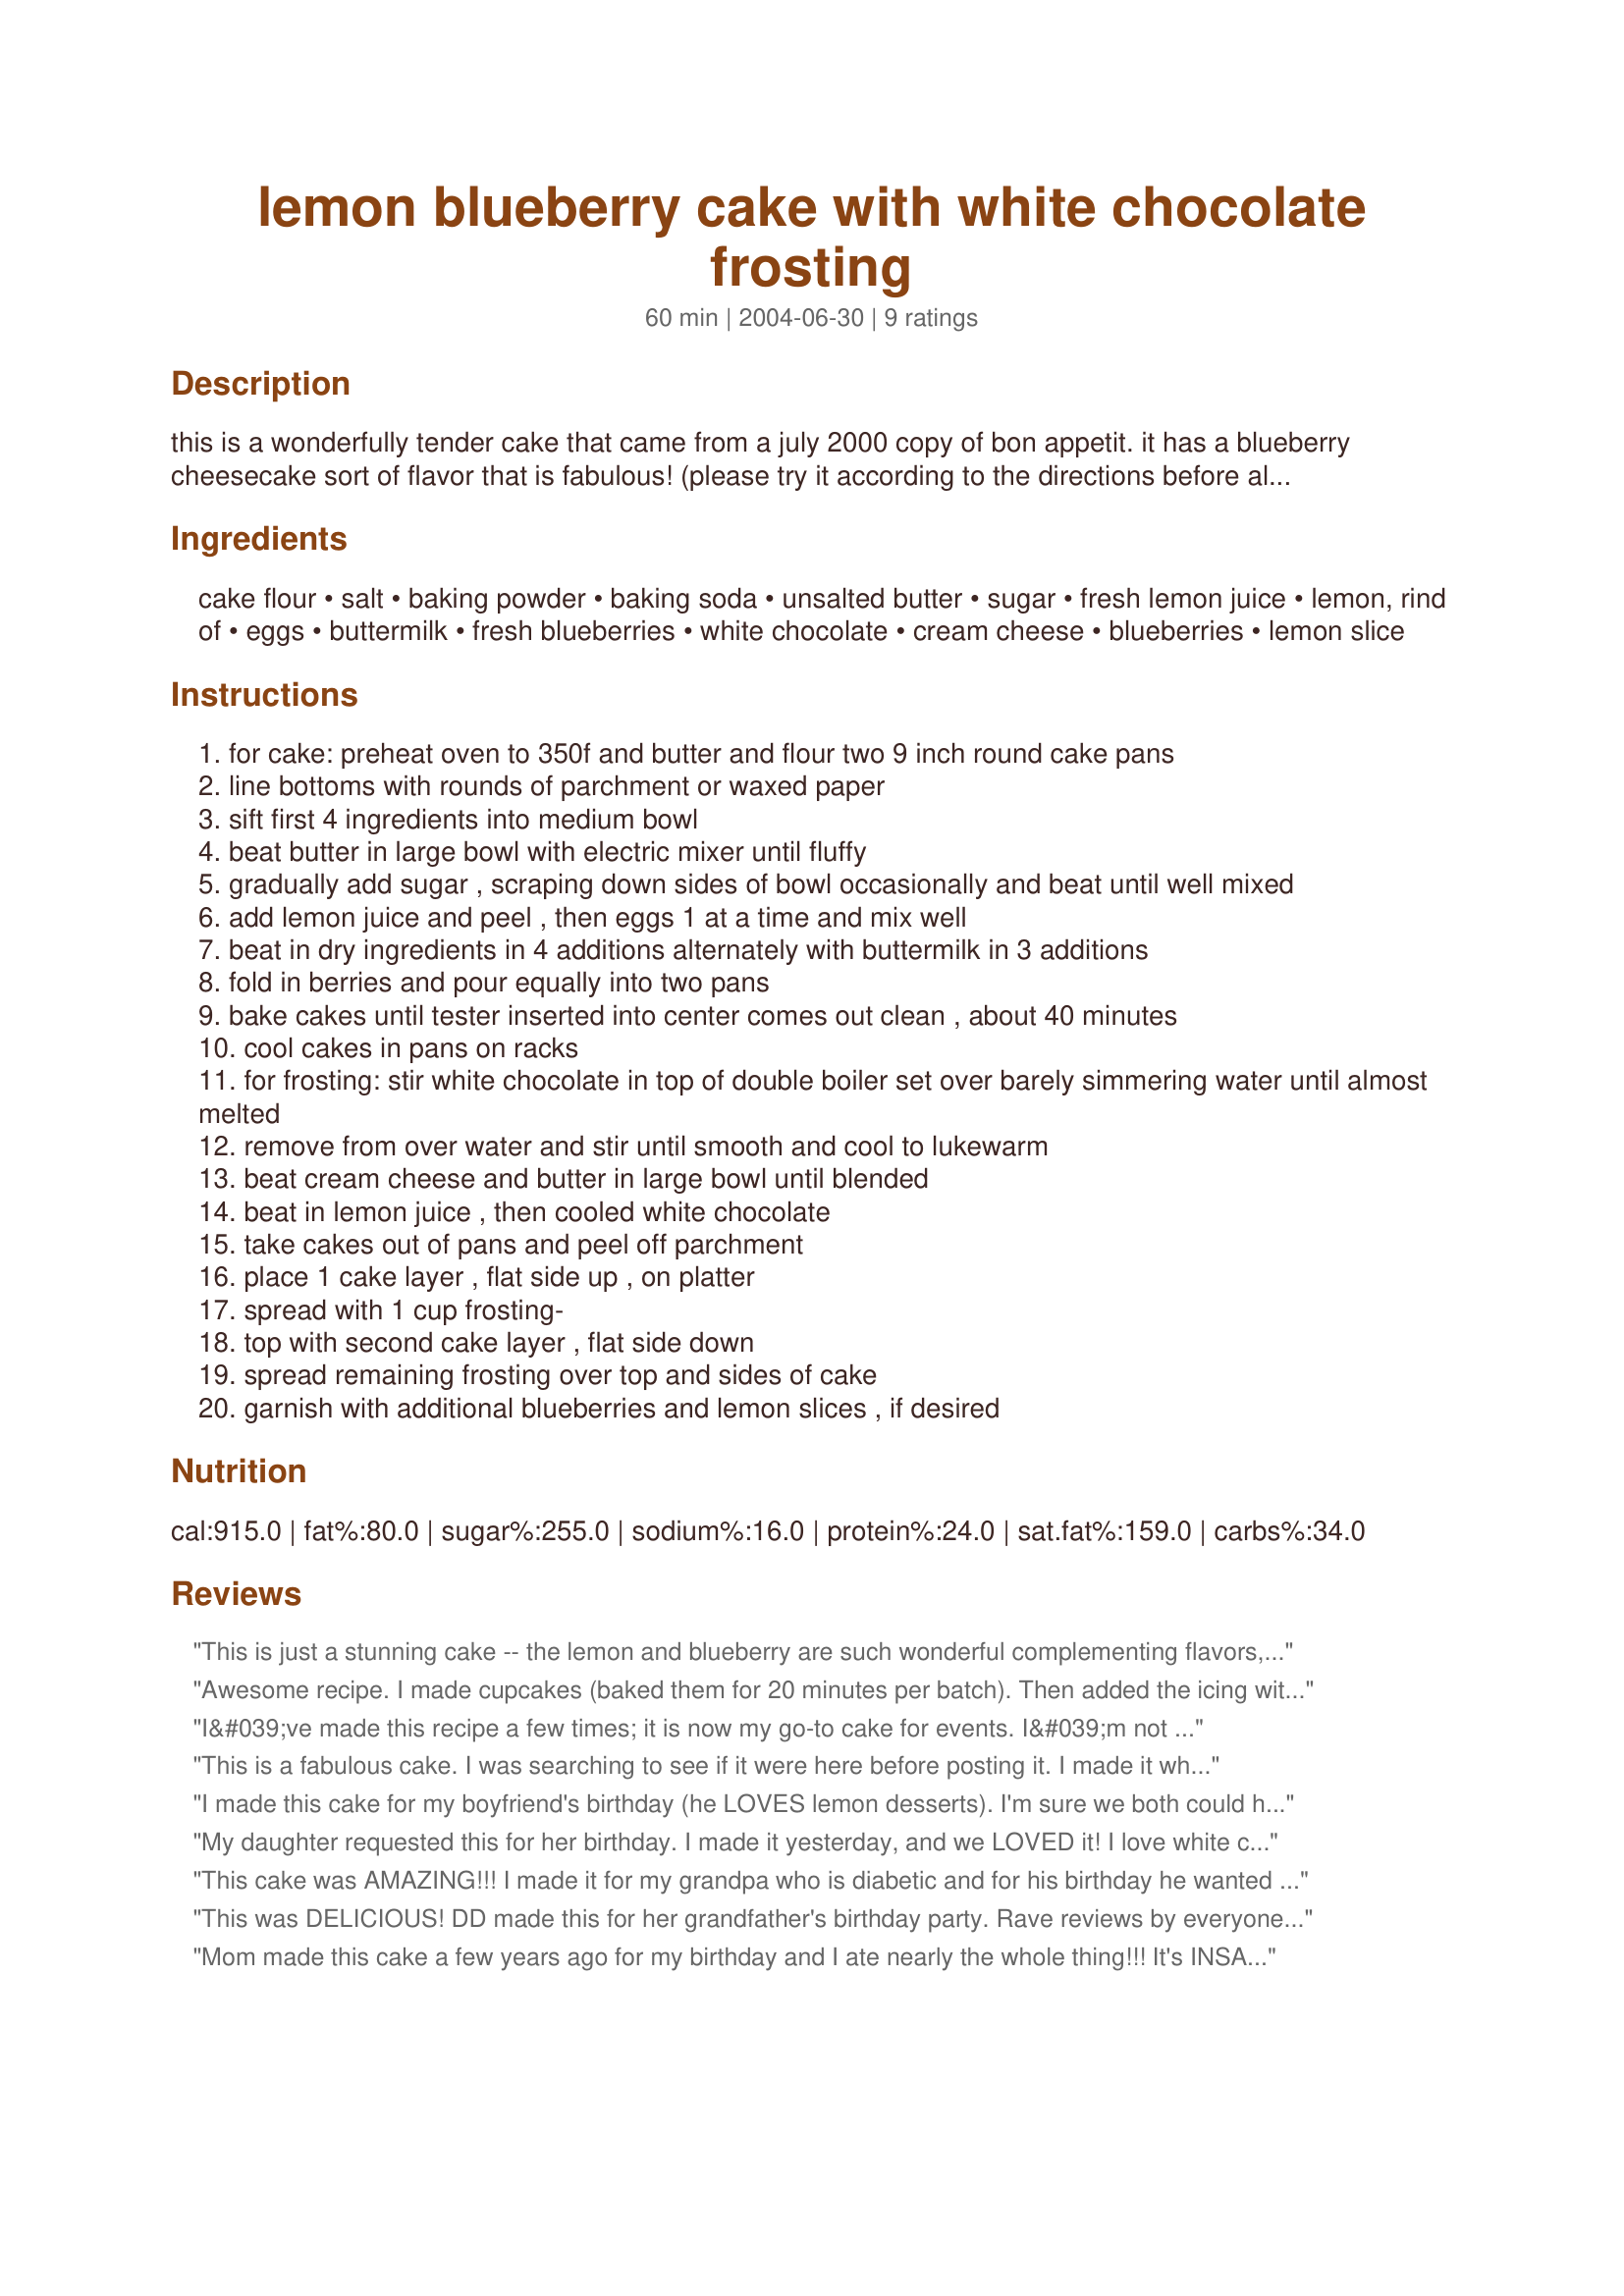
lemon blueberry cake with white chocolate frosting
Preparation time: 60 minutes

this is a wonderfully tender cake that came from a july 2000 copy of bon appetit. it has a blueberry cheesecake sort of flavor that is fabulous! (please try it according to the directions before altering it as it is a little tricky.) :d (btw, prep time is a total guess)

Ingredients:
cake flour, salt, baking powder, baking soda, unsalted butter, sugar, fresh lemon juice, lemon, rind of, eggs, buttermilk, fresh blueberries, white chocolate, cream cheese, blueberries, lemon slice

Steps:
for cake: preheat oven to 350f and butter and flour two 9 inch round cake pans
line bottoms with rounds of parchment or waxed paper
sift first 4 ingredients into medium bowl
beat butter in large bowl with electric mixer until fluffy
gradually add sugar , scraping down sides of bowl occasionally and beat until well mixed
add lemon juice and peel , then eggs 1 at a time and mix well
beat in dry ingredients in 4 additions alternately with buttermilk in 3 additions
fold in berries and pour equally into two pans
bake cakes until tester inserted into center comes out clean , about 40 minutes
cool cakes in pans on racks
for frosting: stir white chocolate in top of double boiler set over barely simmering water until almost melted
remove from over water and stir until smooth and cool to lukewarm
beat cream cheese and butter in large bowl until blended
beat in lemon juice , then cooled white chocolate
take cakes out of pans and peel off parchment
place 1 cake layer , flat side up , on platter
spread with 1 cup frosting-
top with second cake layer , flat side down
spread remaining frosting over top and sides of cake
garnish with additional blueberries and lemon slices , if desired

Reviews:
This is just a stunning cake -- the lemon and blueberry are such wonderful complementing flavors, and the white chocolate icing could not be more perfect. I made this for a party, and it was just devoured. The batter is light but still rich with the buttermilk. I froze the layers slightly to make them easier to frost, which helped a great deal.The only adjustments I made were to use Ghiradelli white chocolate chips in the frosting. I also used the microwave to melt them in two 30-second intervals. Thank you, Shaye, for a wonderful recipe.
Awesome recipe. I made cupcakes (baked them for 20 minutes per batch). Then added the icing with a large star decoratoring tip. I made 1 1/2 x the recipe and ended up with 48 cupcakes.
I&#039;ve made this recipe a few times; it is now my go-to cake for events. I&#039;m not a big cake fan but it&#039;s moist and rich without being cloyingly sweet. The frosting goes really well in that theme, too. (I am not a frosting fan, either.) It is a commitment to make but the results will show it. Also, don&#039;t let the cake flour deter you. 1 c. cake flour = 3/4 all-purpose + 2 T. cornstarch.
This is a fabulous cake. I was searching to see if it were here before posting it. I made it when the magazine came out for a friend's birthday and I have had to make it every year since. If you are lucky enough to have leftovers, it freezes beautifully. One secret is really spending the time to beat the batter well in each stage.
I made this cake for my boyfriend's birthday (he LOVES lemon desserts). I'm sure we both could have lived without so many calories, but it was SO good!! :) I froze the layers, too. I'm horrible at frosting cakes, so it didn't help me much, though. hehe 

One thing that was a bit confusing to me was the buttermilk. It was divided in the recipe, so I wasn't sure when the 2 tablespoons was to be used, so I just threw it in with the cup hoping that was right. The cake tasted great, so I'm guessing I didn't get it too wrong. :)
My daughter requested this for her birthday. I made it yesterday, and we LOVED it! I love white chocolate. I used frozen blueberries and it worked out just fine! Thanks for the recipe!
This cake was AMAZING!!! I made it for my grandpa who is diabetic and for his birthday he wanted a good cake with sugar. My dad HATES lemon with a passion and said it was very good.
This was DELICIOUS! DD made this for her grandfather's birthday party. Rave reviews by everyone. Not too sweet, not too tart.
Mom made this cake a few years ago for my birthday and I ate nearly the whole thing!!! It's INSANELY good... so I decided to make it myself! I had to make extra frosting because I applied it a little toooo liberally in between and on top of the cake, but that's OK because it's delicious. I love this cake!
